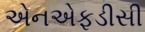
એનએફડીસી